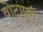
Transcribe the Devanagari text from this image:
वोटापूरी